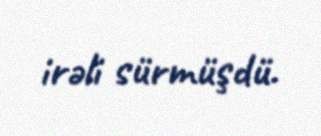
irəli sürmüşdü.